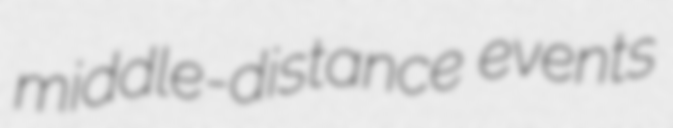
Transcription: middle-distance events